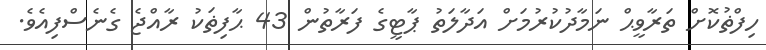
ހިފްޡުކޮށް ތަރާވީޙް ނަމާދުކުރުމަށް އަދާލަތު ޕާޓީގެ ފަރާތުން 43 ޙާފިޡަކު ރާއްޖެ ގެނެސްފިއެވެ.